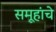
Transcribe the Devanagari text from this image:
समूहांचे